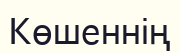
Көшеннің